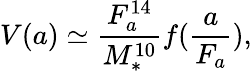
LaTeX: V(a)\simeq\frac{F_{a}^{14}}{M_{*}^{10}}f(\frac{a}{F_{a}}),